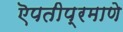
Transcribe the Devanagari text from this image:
ऎपतीप्रमाणे